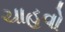
ચાહવો